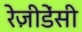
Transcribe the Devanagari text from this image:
रेज़ीडेंसी